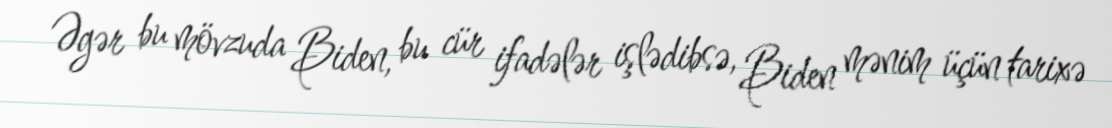
Əgər bu mövzuda Biden, bu cür ifadələr işlədibsə, Biden mənim üçün tarixə